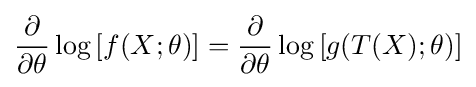
{\frac {\partial }{\partial \theta }}\log \left[f(X;\theta )\right]={\frac {\partial }{\partial \theta }}\log \left[g(T(X);\theta )\right]